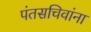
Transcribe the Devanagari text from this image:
पंतसचिवांना